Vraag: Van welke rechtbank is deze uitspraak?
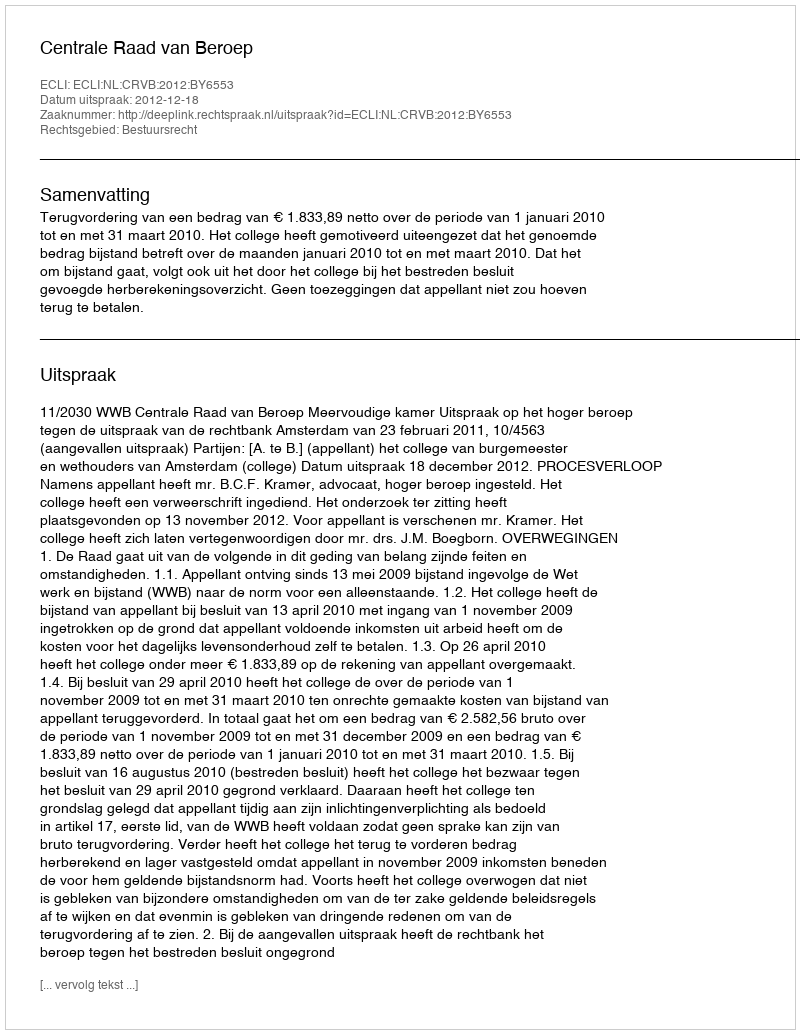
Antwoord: Centrale Raad van Beroep